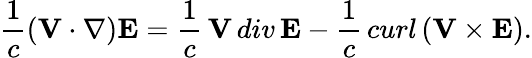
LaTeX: \frac{1}{c}({\mathbf V}\cdot\nabla){\mathbf E}=\frac{1}{c}\, {\mathbf V}\, div\, {\mathbf E}-\frac{1}{c}\, curl\, ({\mathbf V}\times{\mathbf E}).